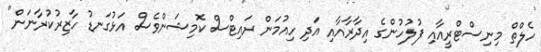
ހެލްތް މިނިސްޓްރީއާއި ފުލުހުންގެ އިދާރާއާއި އަދި ހިއުމަން ރައިޓްސް ކޮމިޝަންވެސް އަޅުގަނޑު ހާޒިރުކުރާނަން"